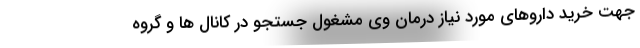
جهت خرید داروهای مورد نیاز درمان وی مشغول جستجو در کانال ها و گروه